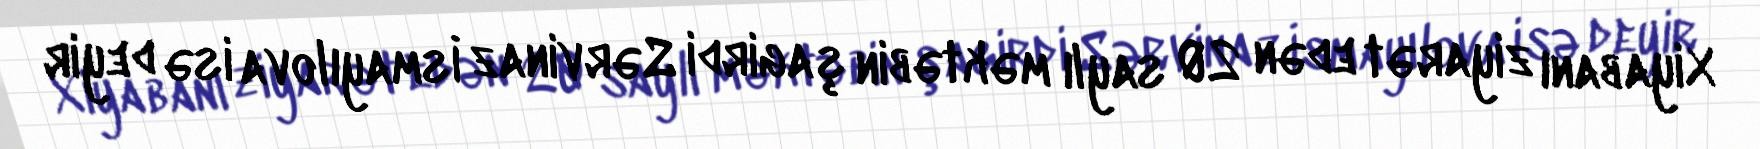
Xiyabanı ziyarət edən 20 saylı məktəbin şagirdi Sərvinaz İsmayılova isə deyir